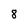
Character: 8